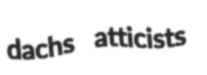
dachs atticists